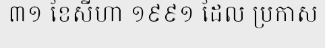
៣១ ខែសីហា ១៩៩១ ដែល ប្រកាស